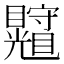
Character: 𥍄